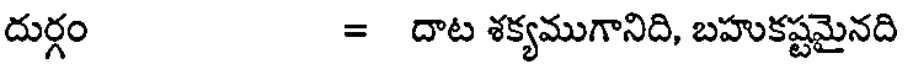
దుర్గం = దాట శక్యముగానిది, బహుకష్టమైనది